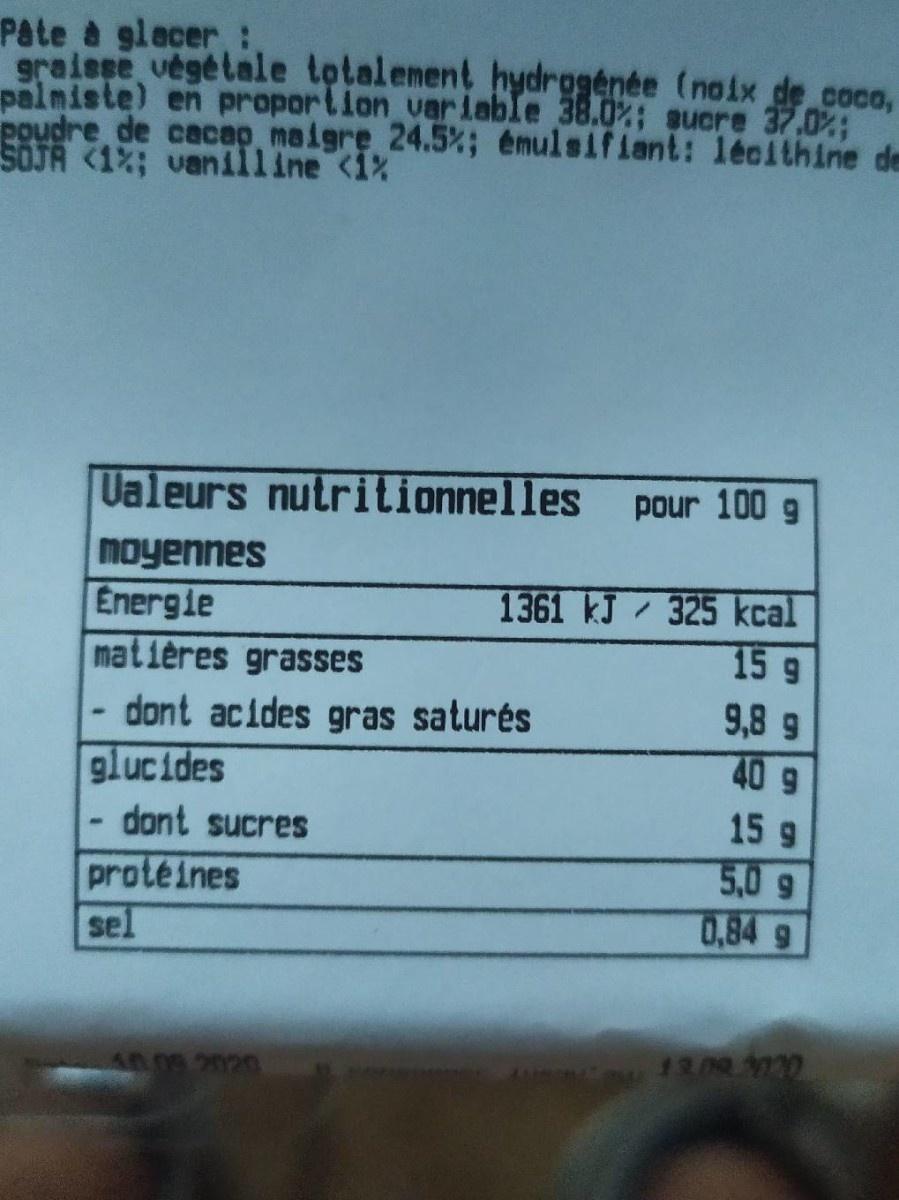
Pate à glecer : graiese végétale totalenent hydrggénée (noix de coco, palmiste) en proportion variable 38.0%; suere 37.0%; Poudre de cacap, maigre 24.5%; émulsifiant: lécithine de SOJA <1%; vanilline <1%
Ualeurs nutritionnelles pour 100 g
moyennes Energie matières grasses
1361 kJ 325 kcal 15 g 9,8 9 40 g
- dont acides gras saturés glucides
dont sucres
15 9
proteines
5,0 9
0.84 g
sel
13.09 20
40.09.2020